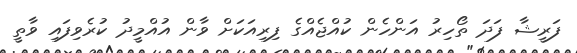
ފަރީޝާ ފަދަ ތޯހިރު އަންހެން ކުއްޖެއްގެ ފިރިއަކަށް ވާން އުއްމީދު ކުރެވިފައި ވާތީ